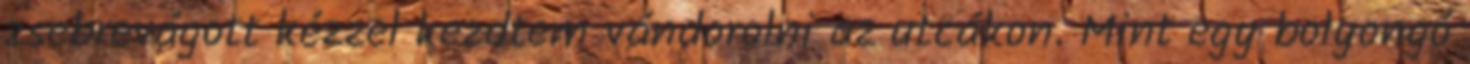
zsebrevágott kézzel kezdtem vándorolni az utcákon. Mint egy bolyongó